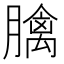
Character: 𦡬